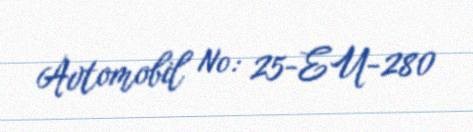
Avtomobil №: 25-EU-280